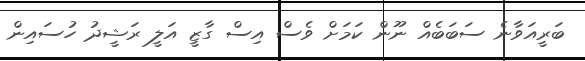
ބަރީއަވާނެ ސަބަބެއް ނޫން ކަމަށް ވެސް އިސް ގާޒީ އަލީ ރަޝީދު ހުސައިން